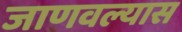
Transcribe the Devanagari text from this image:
जाणवल्यास